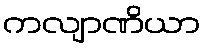
ကလျာဏိယာ